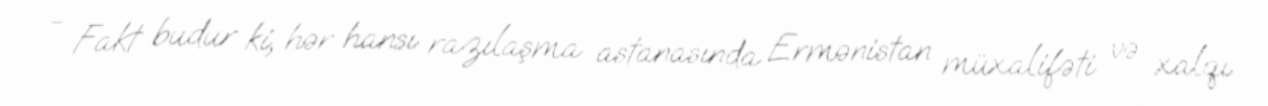
- Fakt budur ki, hər hansı razılaşma astanasında Ermənistan müxalifəti və xalqı